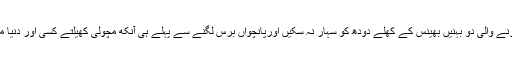
اس کے بعد پیدا ہونے والی دو بہنیں بھینس کے کھلے دودھ کو سہار نہ سکیں اورپانچواں برس لگنے سے پہلے ہی آنکھ مچولی کھیلتے کسی اور دنیا میں جا چھپی تھیں۔